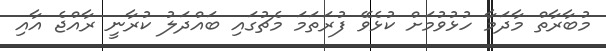
މުބާރާތް މާދަމާ ހުޅުވުމަށް ކުޅެވޭ ފުރަތަމަ މެޗުގައި ބައްދަލު ކުރާނީ ރާއްޖެ އާއި